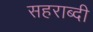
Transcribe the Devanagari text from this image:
सहराब्दी